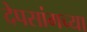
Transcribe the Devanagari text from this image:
देपसांगच्या